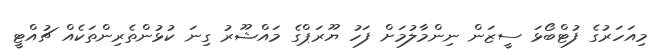
މިއަހަރުގެ ފުޓްބޯޅަ ސީޒަން ނިންމާލުމަށް ފަހު ޔޫރަޕްގެ މައްޝޫރު ގިނަ ކުޅުންތެރިންތަކެއް ޗުއްޓީ